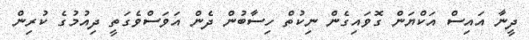
ދީނާ އައިސް އަކްޔަން ގޮވައިގެން ނިކުތް ހިސާބުން ދެން އަވަސްވެގަތީ ދިއުމުގެ ކުރިން